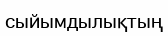
сыйымдылықтың